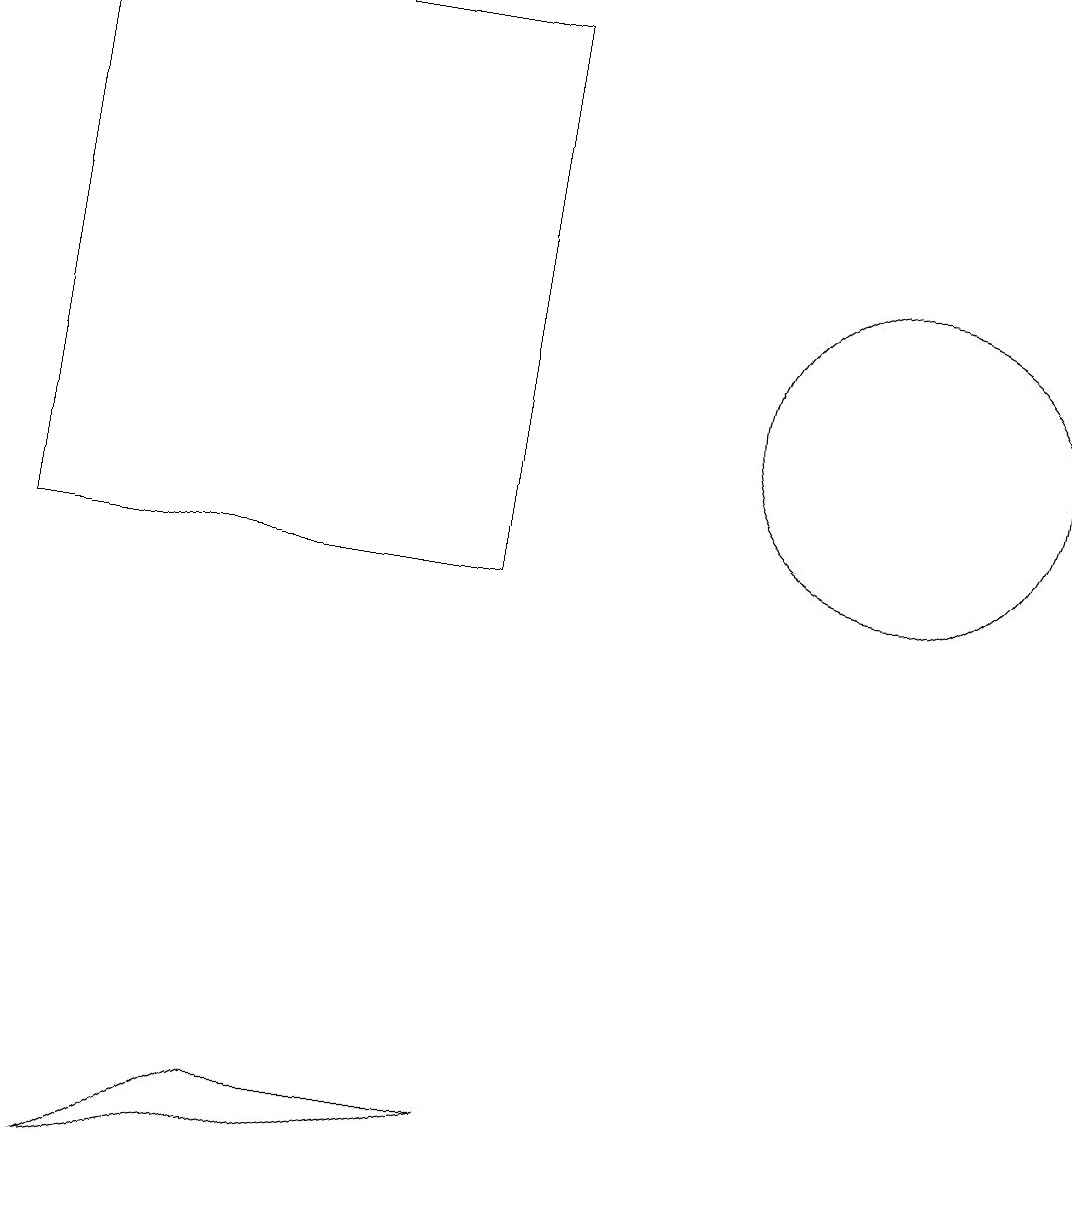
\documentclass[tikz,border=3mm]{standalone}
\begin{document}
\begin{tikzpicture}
\draw (0,17) rectangle (6,10);
\draw (11,12) circle (2);
\draw (3,3) -- (6,3) -- (1,2) -- cycle;
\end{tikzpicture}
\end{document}